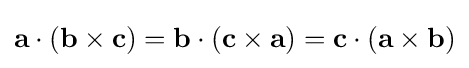
\mathbf {a} \cdot (\mathbf {b} \times \mathbf {c} )=\mathbf {b} \cdot (\mathbf {c} \times \mathbf {a} )=\mathbf {c} \cdot (\mathbf {a} \times \mathbf {b} )